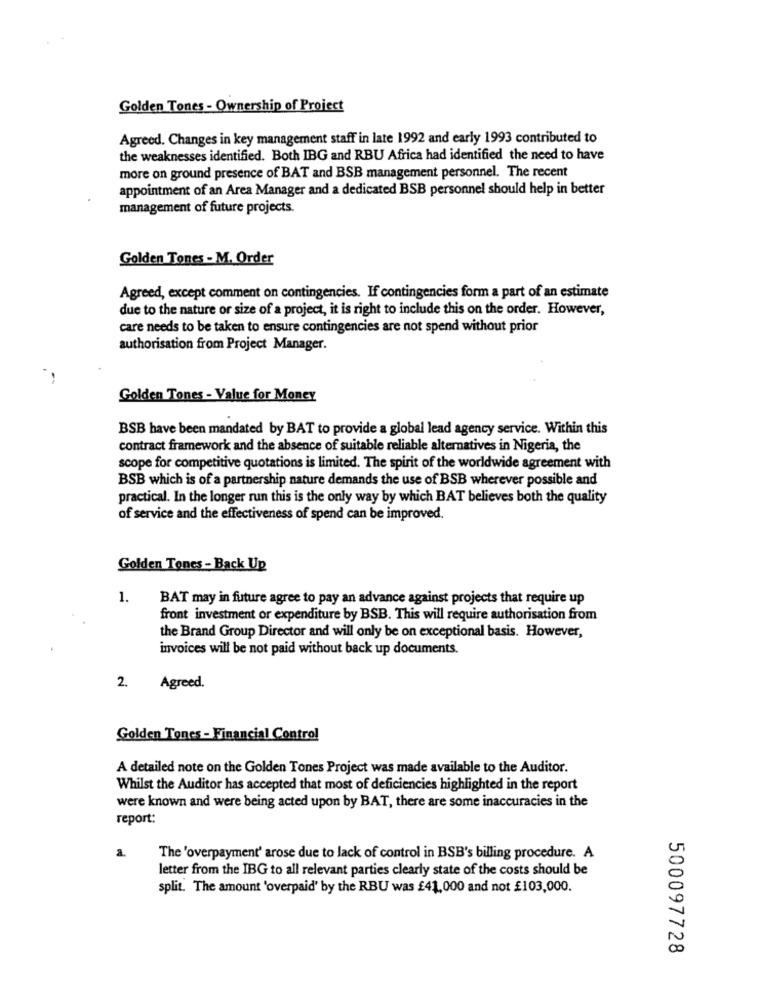
Golden Tones - Ownership of Project
Agreed. Changes in key management staff in late 1992 and early 1993 contributed to
the weaknesses identified. Both IBG and RBU Africa had identified the need to have
more on ground presence of BAT and BSB management personnel. The recent
appointment of an Area Manager and a dedicated BSB personnel should help in better
management of future projects.
Golden Tones - M. Order
Agreed, except comment on contingencies. If contingencies form a part of an estimate
due to the nature or size of a project, it is right to include this on the order. However,
care needs to be taken to ensure contingencies are not spend without prior
authorisation from Project Manager.
Golden Tones - Value for Money
BSB have been mandated by BAT to provide a global lead agency service. Within this
contract framework and the absence of suitable reliable alternatives in Nigeria, the
scope for competitive quotations is limited. The spirit of the worldwide agreement with
BSB which is of a partnership nature demands the use of BSB wherever possible and
practical. In the longer run this is the only way by which BAT believes both the quality
of service and the effectiveness of spend can be improved.
Golden Tones - Back Up
1.
BAT may in future agree to pay an advance against projects that require up
front investment or expenditure by BSB. This will require authorisation from
the Brand Group Director and will only be on exceptional basis. However,
invoices will be not paid without back up documents.
2.
Agreed.
Golden Tones - Financial Control
A detailed note on the Golden Tones Project was made available to the Auditor.
Whilst the Auditor has accepted that most of deficiencies highlighted in the report
were known and were being acted upon by BAT, there are some inaccuracies in the
report:
a
The 'overpayment' arose due to lack of control in BSB's billing procedure. A
letter from the IBG to all relevant parties clearly state of the costs should be
split. The amount 'overpaid' by the RBU was £41,000 and not £103,000.
500097728